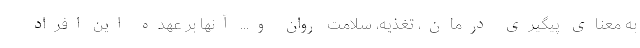
به معنای پیگیری درمان، تغذیه، سلامت روان و... آنها بر عهده این افراد